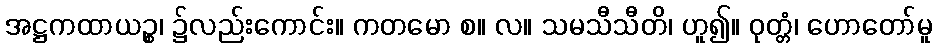
အဋ္ဌကထာယဉ္စ၊ ၌လည်းကောင်း။ ကတမော စ။ လ။ သမသီသီတိ၊ ဟူ၍။ ဝုတ္တံ၊ ဟောတော်မူ